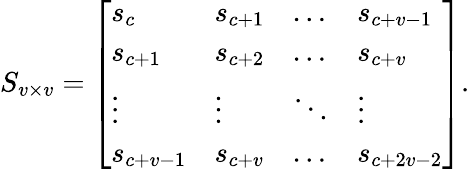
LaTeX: S_{v\times v}={\left[\begin{array}{llll}{s_{c}}&{s_{c+1}}&{\dots}&{s_{c+v-1}}\\ {s_{c+1}}&{s_{c+2}}&{\dots}&{s_{c+v}}\\ {\vdots}&{\vdots}&{\ddots}&{\vdots}\\ {s_{c+v-1}}&{s_{c+v}}&{\dots}&{s_{c+2v-2}}\end{array}\right]}.